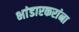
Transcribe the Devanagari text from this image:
भांडारकरांना